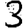
Digit: 3